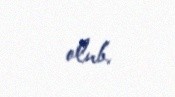
olub.